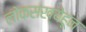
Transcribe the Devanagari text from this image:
लोकसंख्येहून